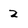
Character: 2